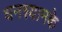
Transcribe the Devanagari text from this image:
घनश्यामके